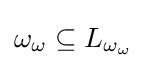
\omega _{\omega }\subseteq L_{\omega _{\omega }}